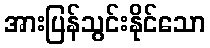
အားပြန်သွင်းနိုင်သော